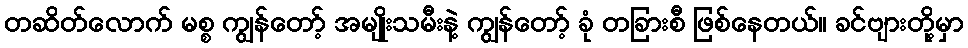
တဆိတ်လောက် မစ္စ ကျွန်တော့် အမျိုးသမီးနဲ့ ကျွန်တော့် ခုံ တခြားစီ ဖြစ်နေတယ်။ ခင်ဗျားတို့မှာ